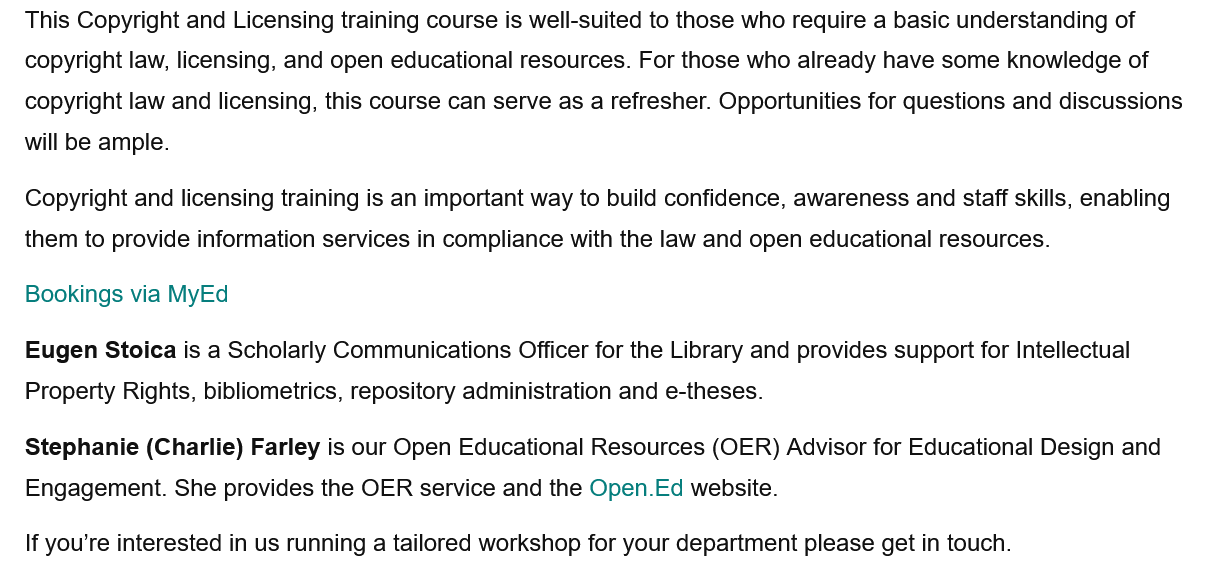
If you’re interested in us running a tailored workshop for your department please get in touch.
   Stephanie (Charlie) Farley is our Open Educational Resources (OER) Advisor for Educational Design and
   Engagement. She provides the OER service and the Open.Ed website.
   Bookings via MyEd
   Copyright and licensing training is an important way to build confidence, awareness and staff skills, enabling
   them to provide information services in compliance with the law and open educational resources.
   This Copyright and Licensing training course is well-suited to those who require a basic understanding of
   copyright law, licensing, and open educational resources. For those who already have some knowledge of
   copyright law and licensing, this course can serve as a refresher. Opportunities for questions and discussions
   will be ample.
   Eugen Stoica is a Scholarly Communications Officer for the Library and provides support for Intellectual
   Property Rights, bibliometrics, repository administration and e-theses.